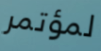
لمؤتمر